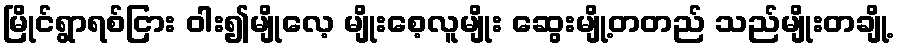
မြိုင်ရွာရစ်ငြား ဝါး၍မျိုလေ့ မျိုးစေ့လူမျိုး ဆွေးမျို့တတည် သည်မျိုးတချို့